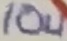
Text: 10u